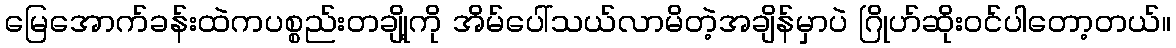
မြေအောက်ခန်းထဲကပစ္စည်းတချို့ကို အိမ်ပေါ်သယ်လာမိတဲ့အချိန်မှာပဲ ဂြိုဟ်ဆိုးဝင်ပါတော့တယ်။